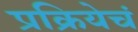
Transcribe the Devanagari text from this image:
प्रक्रियेचं